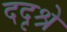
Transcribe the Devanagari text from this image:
ददृश्रे